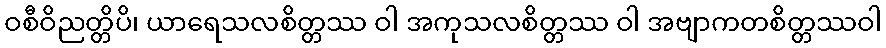
ဝစီဝိညတ္တိပိ၊ ယာရေသလစိတ္တဿ ဝါ အကုသလစိတ္တဿ ဝါ အဗျာကတစိတ္တဿဝါ